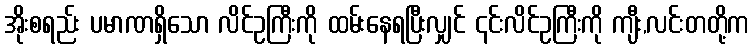
အိုးစရည်း ပမာဏရှိသော လိင်ဥကြီးကို ထမ်းနေရပြီးလျှင် ၎င်းလိင်ဥကြီးကို ကျီး,လင်းတတို့က